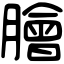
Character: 膾